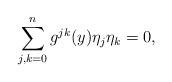
LaTeX: \begin{align*} \sum_{j,k=0}^n g^{jk}(y)\eta_j\eta_k =0,\end{align*}